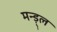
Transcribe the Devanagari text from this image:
मन्ड़्ल